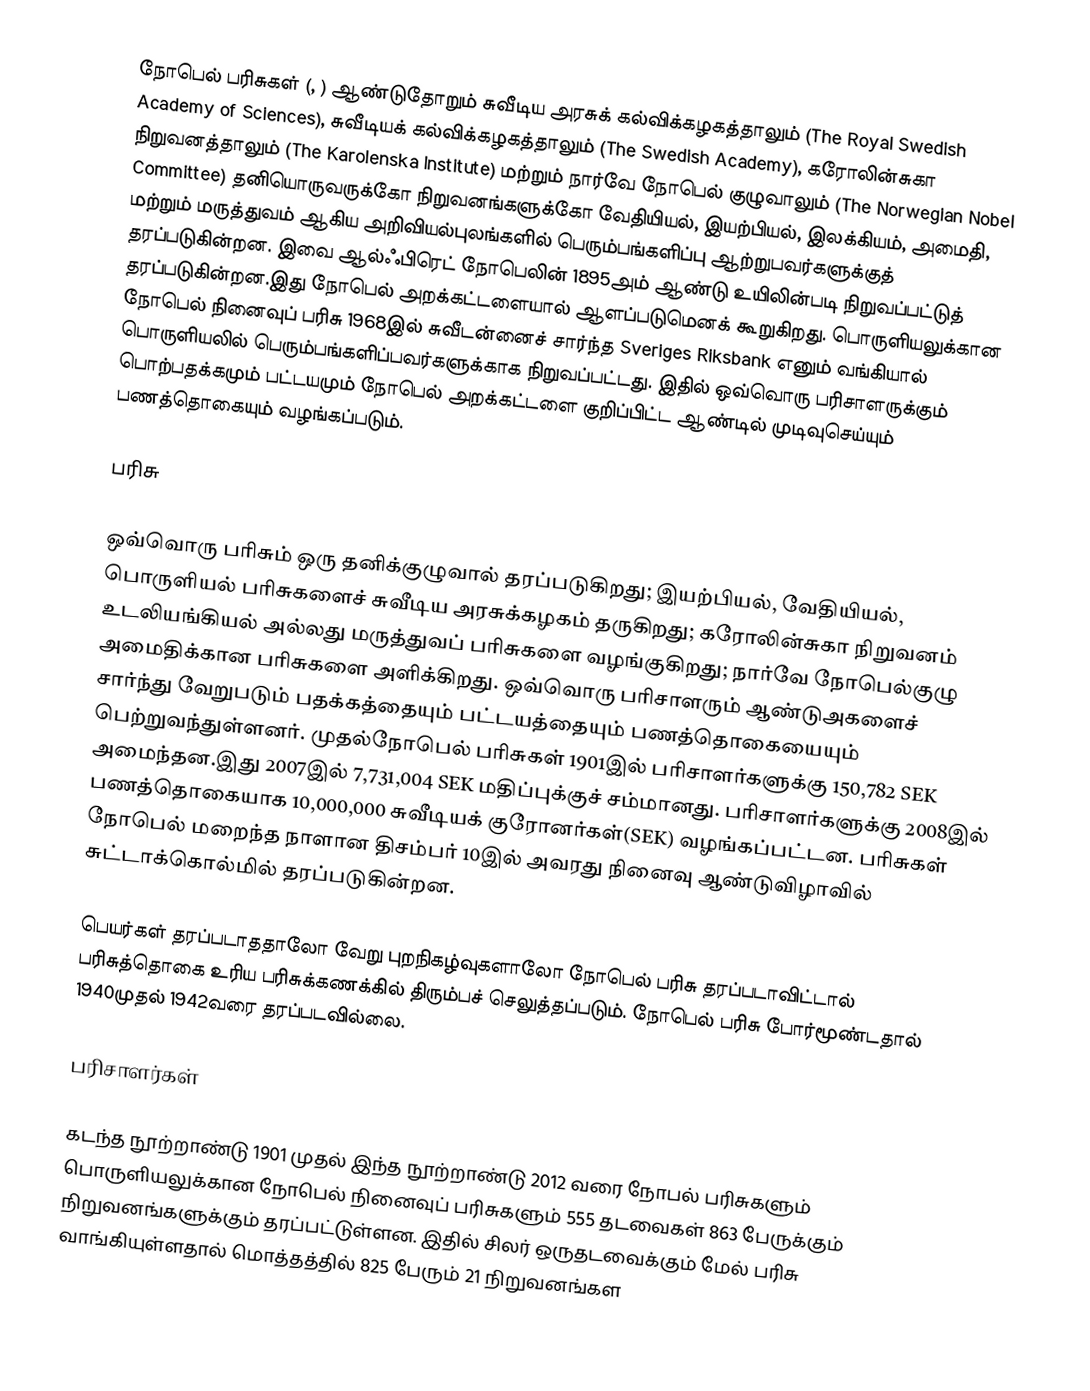
நோபெல் பரிசுகள் (, ) ஆண்டுதோறும் சுவீடிய அரசுக் கல்விக்கழகத்தாலும் (The Royal Swedish Academy of Sciences),  சுவீடியக் கல்விக்கழகத்தாலும் (The Swedish Academy),  கரோலின்சுகா நிறுவனத்தாலும் (The Karolenska Institute) மற்றும் நார்வே நோபெல் குழுவாலும் (The Norwegian Nobel Committee) தனியொருவருக்கோ நிறுவனங்களுக்கோ வேதியியல், இயற்பியல், இலக்கியம், அமைதி, மற்றும் மருத்துவம் ஆகிய அறிவியல்புலங்களில் பெரும்பங்களிப்பு ஆற்றுபவர்களுக்குத் தரப்படுகின்றன. இவை ஆல்ஃபிரெட் நோபெலின் 1895அம் ஆண்டு உயிலின்படி நிறுவப்பட்டுத் தரப்படுகின்றன.இது நோபெல் அறக்கட்டளையால் ஆளப்படுமெனக் கூறுகிறது.  பொருளியலுக்கான நோபெல் நினைவுப் பரிசு 1968இல் சுவீடன்னைச் சார்ந்த  Sveriges Riksbank எனும் வங்கியால் பொருளியலில் பெரும்பங்களிப்பவர்களுக்காக நிறுவப்பட்டது. இதில் ஒவ்வொரு பரிசாளருக்கும் பொற்பதக்கமும் பட்டயமும் நோபெல் அறக்கட்டளை குறிப்பிட்ட ஆண்டில் முடிவுசெய்யும் பணத்தொகையும் வழங்கப்படும்.

பரிசு

ஒவ்வொரு பரிசும் ஒரு தனிக்குழுவால் தரப்படுகிறது; இயற்பியல், வேதியியல், பொருளியல் பரிசுகளைச் சுவீடிய அரசுக்கழகம் தருகிறது; கரோலின்சுகா நிறுவனம் உடலியங்கியல் அல்லது மருத்துவப் பரிசுகளை வழங்குகிறது; நார்வே நோபெல்குழு அமைதிக்கான பரிசுகளை அளிக்கிறது. ஒவ்வொரு பரிசாளரும் ஆண்டுஅகளைச் சார்ந்து வேறுபடும் பதக்கத்தையும் பட்டயத்தையும் பணத்தொகையையும் பெற்றுவந்துள்ளனர். முதல்நோபெல் பரிசுகள் 1901இல் பரிசாளர்களுக்கு 150,782 SEK அமைந்தன.இது 2007இல் 7,731,004 SEK மதிப்புக்குச் சம்மானது. பரிசாளர்களுக்கு 2008இல் பணத்தொகையாக 10,000,000 சுவீடியக் குரோனர்கள்(SEK) வழங்கப்பட்டன. பரிசுகள் நோபெல் மறைந்த நாளான திசம்பர் 10இல் அவரது நினைவு ஆண்டுவிழாவில் சுட்டாக்கொல்மில் தரப்படுகின்றன.

பெயர்கள் தரப்படாததாலோ வேறு புறநிகழ்வுகளாலோ நோபெல் பரிசு தரப்படாவிட்டால் பரிசுத்தொகை உரிய பரிசுக்கணக்கில் திரும்பச் செலுத்தப்படும். நோபெல் பரிசு போர்மூண்டதால்  1940முதல் 1942வரை தரப்படவில்லை.

பரிசாளர்கள்

கடந்த நூற்றாண்டு 1901 முதல் இந்த நூற்றாண்டு 2012 வரை நோபல் பரிசுகளும்  பொருளியலுக்கான நோபெல் நினைவுப் பரிசுகளும் 555 தடவைகள் 863 பேருக்கும் நிறுவனங்களுக்கும் தரப்பட்டுள்ளன. இதில் சிலர் ஒருதடவைக்கும் மேல் பரிசு வாங்கியுள்ளதால் மொத்தத்தில் 825 பேரும் 21 நிறுவனங்கள